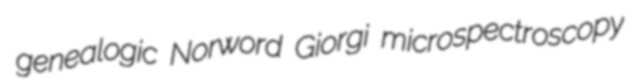
genealogic Norword Giorgi microspectroscopy